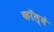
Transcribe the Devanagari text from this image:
कॉल्बे